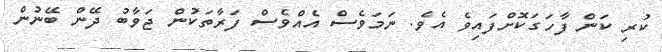
ކުރި ކަން ފާހަގަކޮށްފައިވެ އެވެ. ނަމަވެސް އެއްވެސް ފަރާތަކުން ޖަވާބު ދޭން ބޭނުން